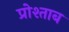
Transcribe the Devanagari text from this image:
प्रोश्ताब